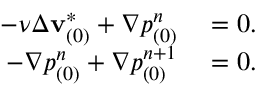
\begin{array} { r l } { - \nu \Delta \mathbf { v } _ { ( 0 ) } ^ { * } + \nabla p _ { ( 0 ) } ^ { n } } & { { } = \boldsymbol { 0 } . } \\ { - \nabla p _ { ( 0 ) } ^ { n } + \nabla p _ { ( 0 ) } ^ { n + 1 } } & { { } = \boldsymbol { 0 } . } \end{array}